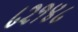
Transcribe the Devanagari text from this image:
८२१४८